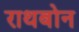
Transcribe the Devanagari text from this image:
राथबोन